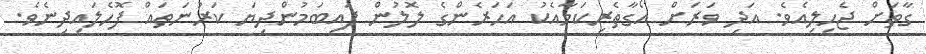
ގާތަށް ޖެހިލިއެވެ. އަދި ވަރަށް އޯގާތެރިކަމާއެކު އަހަރެންގެ ލޮލުން ފައިބަމުންދިޔަ ކަރުނަތައް ފޮހެލައިދިނެވެ.